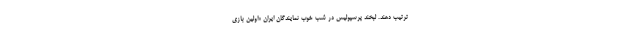
ترتیب دهند. لبخند پرسپولیس در شب خوب نمایندگان ایران «اولین بازی